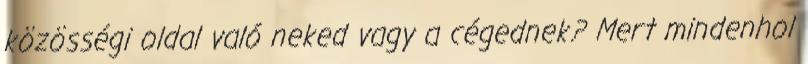
közösségi oldal való neked vagy a cégednek? Mert mindenhol